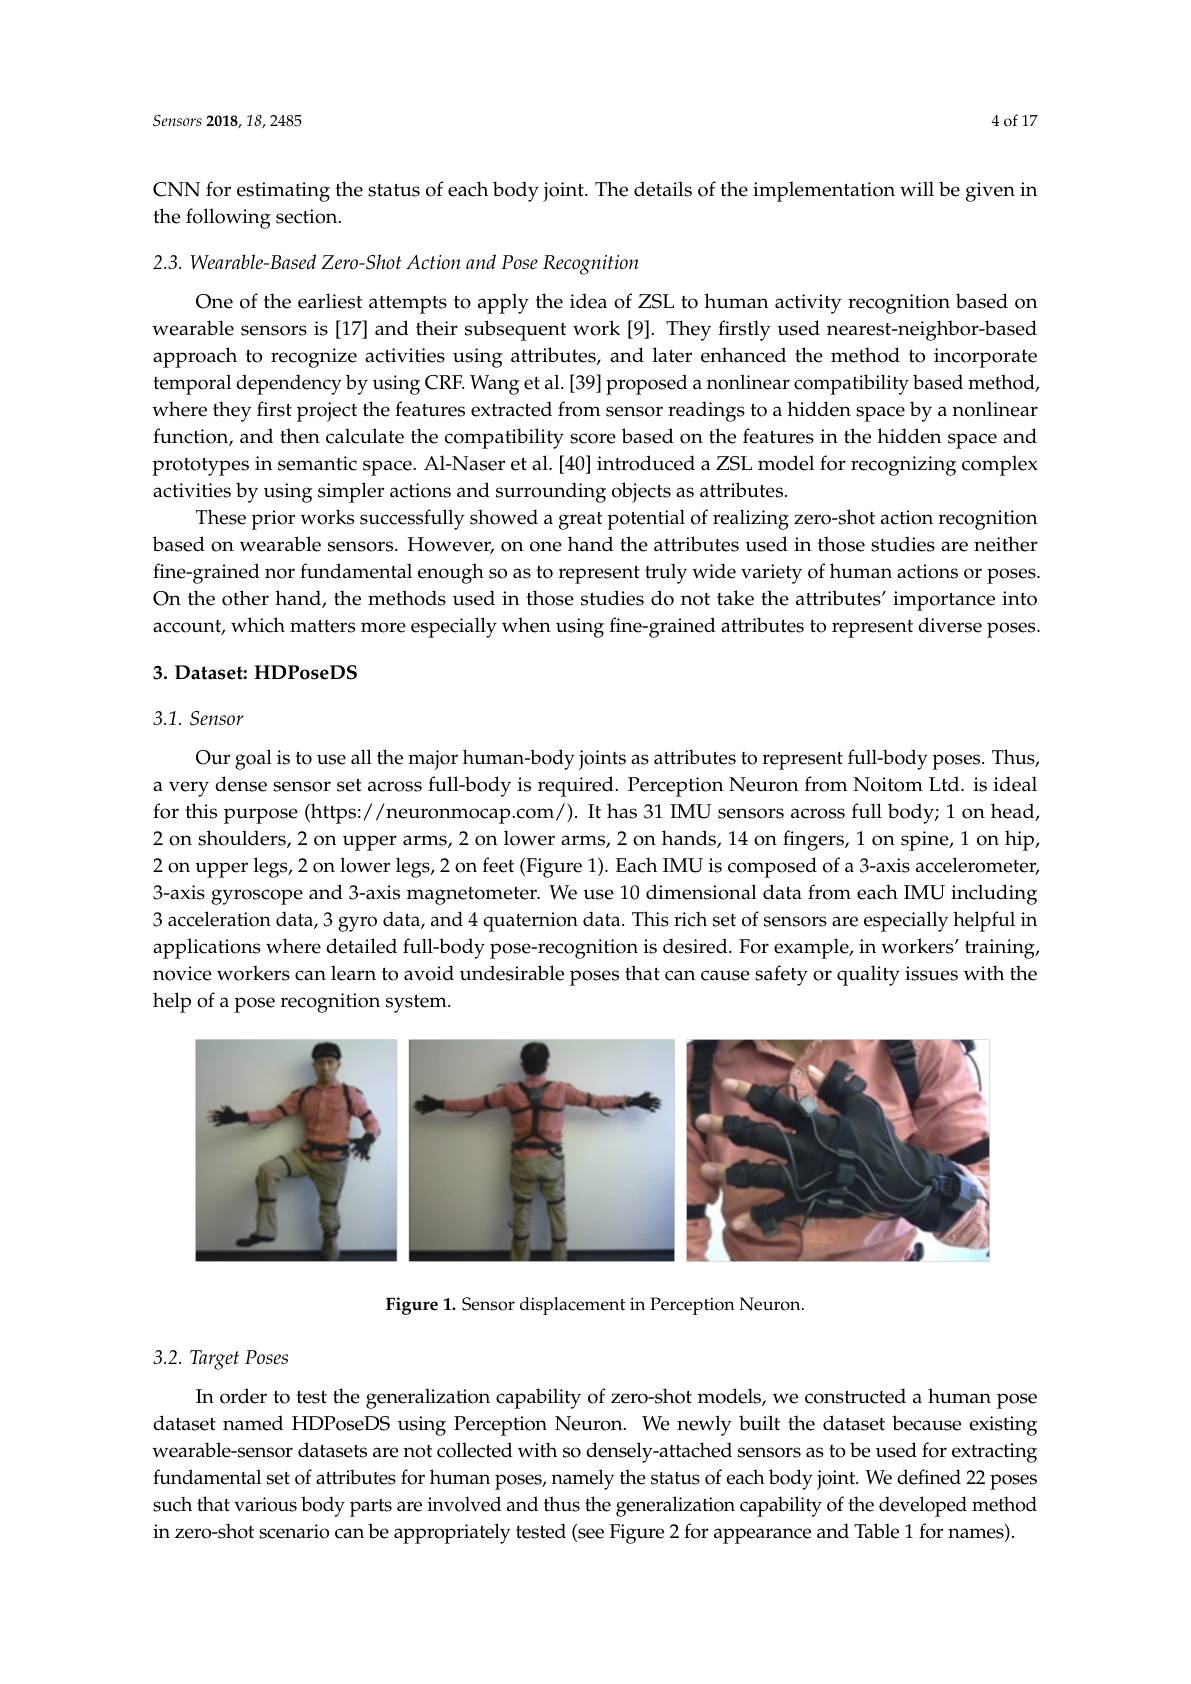
Sensors 2018, 18, 2485

4 of 17

CNN for estimating the status of each body joint. The details of the implementation will be given in
the following section.

2.3. Wearable- Based Zero- Shot Action and Pose Recognition

One of the earliest attempts to apply the idea of ZSL to human activity recognition based on wearable sensors is [17] and their subsequent work [9]. They firstly used nearest-neighbor-based approach to recognize activities using attributes, and later enhanced the method to incorporate temporal dependency by using CRF. Wang et al.[39] proposed a nonlinear compatibility based method, where they first project the features extracted from sensor readings to a hidden space by a nonlinear function, and then calculate the compatibility score based on the features in the hidden space and prototypes in semantic space. Al-Naser et al.[40] introduced a ZSL model for recognizing complex activities by using simpler actions and surrounding objects as attributes
These prior works successfully showed a great potential of realizing zero-shot action recognition based on wearable sensors. However, on one hand the attributes used in those studies are neither fine-grained nor fundamental enough so as to represent truly wide variety of human actions or poses On the other hand, the methods used in those studies do not take the attributes' importance into account, which matters more especially when using fine-grained attributes to represent diverse poses 3. Dataset: HDPoseDS

## 3.1. Sensor

Our goal is to use all the major human-body joints as attributes to represent full-body poses. Thus, a very dense sensor set across full-body is required. Perception Neuron from Noitom Ltd. is ideal for this purpose (https://neuronmocap.com/). It has 31 IMU sensors across full body; 1 on head) 2 on shoulders, 2 on upper arms, 2 on lower arms, 2 on hands, 14 on fingers, 1 on spine, 1 on hip, 2 on upper legs, 2 on lower legs, 2 on feet (Figure 1). Each IMU is composed of a 3-axis accelerometer, 3-axis gyroscope and 3-axis magnetometer. We use 10 dimensional data from each IMU including 3 acceleration data, 3 gyro data, and 4 quaternion data. This rich set of sensors are especially helpful in applications where detailed full-body pose-recognition is desired. For example, in workers' training, novice workers can learn to avoid undesirable poses that can cause safety or quality issues with the help of a pose recognition system.

<FigureHere>

Figure 1. Sensor displacement in Perception Neuron.

### $3. 2. \textit{ Target Poses}$

In order to test the generalization capability of zero-shot models, we constructed a human pose dataset named HDPoseDS using Perception Neuron. We newly built the dataset because existing wearable-sensor datasets are not collected with so densely-attached sensors as to be used for extracting fundamental set of attributes for human poses, namely the status of each body joint. We defined 22 poses such that various body parts are involved and thus the generalization capability of the developed method in zero-shot scenario can be appropriately tested (see Figure 2 for appearance and Table 1 for names)